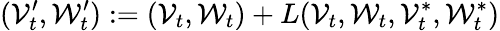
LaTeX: (\mathcal{V}_{t}^{\prime},\mathcal{W}_{t}^{\prime}):=(\mathcal{V}_{t},\mathcal{W}_{t})+L(\mathcal{V}_{t},\mathcal{W}_{t},\mathcal{V}_{t}^{*},\mathcal{W}_{t}^{*})